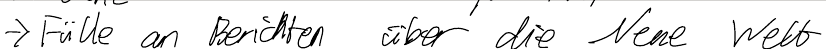
-> Fülle an Berichten über die Neue Welt